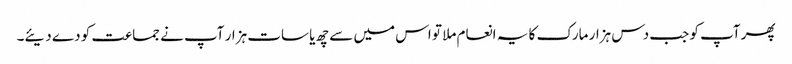
پھر آپ کو جب دس ہزار مارک کا یہ انعام ملا تو اس میں سے چھ یا سات ہزار آپ نے جماعت کو دے دیئے۔